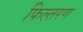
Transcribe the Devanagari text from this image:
फिल्तरण